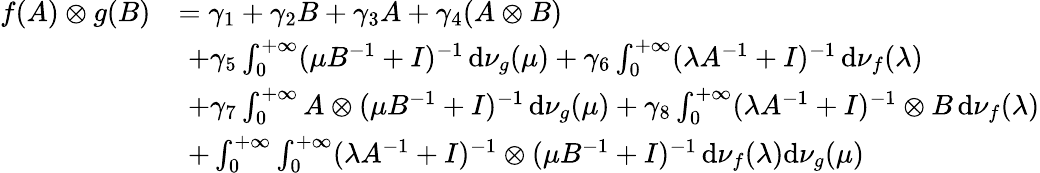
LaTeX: \begin{array}{rl}{f(A)\otimes g(B)}&{=\gamma_{1}+\gamma_{2}B+\gamma_{3}A+\gamma_{4}(A\otimes B)}\\ &{\, \, +\gamma_{5}\int_{0}^{+\infty}(\mu B^{-1}+I)^{-1}\, \mathrm{d}\nu_{g}(\mu)+\gamma_{6}\int_{0}^{+\infty}(\lambda A^{-1}+I)^{-1}\, \mathrm{d}\nu_{f}(\lambda)}\\ &{\, \, +\gamma_{7}\int_{0}^{+\infty}A\otimes(\mu B^{-1}+I)^{-1}\, \mathrm{d}\nu_{g}(\mu)+\gamma_{8}\int_{0}^{+\infty}(\lambda A^{-1}+I)^{-1}\otimes B\, \mathrm{d}\nu_{f}(\lambda)}\\ &{\, \, +\int_{0}^{+\infty}\int_{0}^{+\infty}(\lambda A^{-1}+I)^{-1}\otimes(\mu B^{-1}+I)^{-1}\, \mathrm{d}\nu_{f}(\lambda)\mathrm{d}\nu_{g}(\mu)}\end{array}